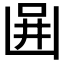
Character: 𠚎